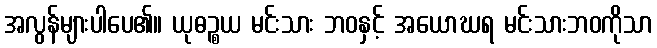
အလွန်များပါပေ၏။ ယုဓဉ္စယ မင်းသား ဘဝနှင့် အယောဃရ မင်းသားဘဝကိုသာ